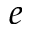
e